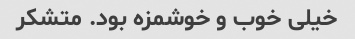
خیلی خوب و خوشمزه بود. متشکر